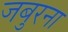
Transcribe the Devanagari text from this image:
जबुरना